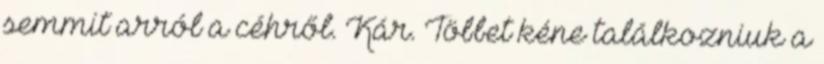
semmit arról a céhről. Kár. Többet kéne találkozniuk a